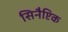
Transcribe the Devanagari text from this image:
सिनैप्टिक